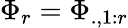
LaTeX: \Phi_{r}=\Phi_{.,1:r}